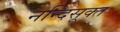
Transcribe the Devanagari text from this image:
नन्दिसूक्त